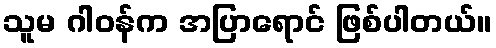
သူမ ဂါဝန်က အပြာရောင် ဖြစ်ပါတယ်။